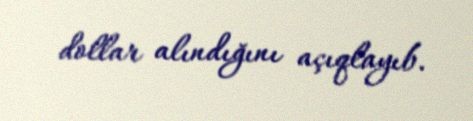
dollar alındığını açıqlayıb.